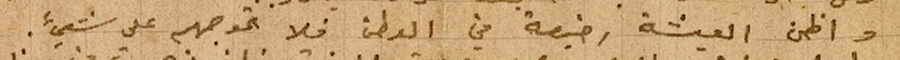
واظن العيشة رخيصة في الوطن فلا تحوجهم على شيء.